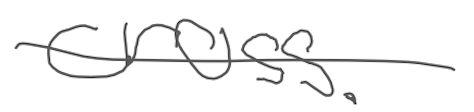
Text: cross.
Cross-out: single-line
Writing tool: digital_gray